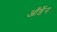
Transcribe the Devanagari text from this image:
ऑर्डेन